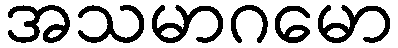
အသမာဂမော